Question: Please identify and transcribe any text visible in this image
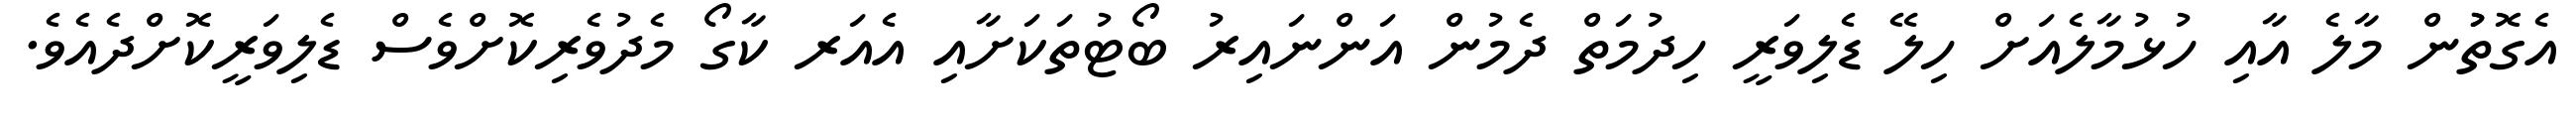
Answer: އެގޮތުުން މާލެ އާއި ހުޅުމާލެއަށް ހިލޭ ޑެލިވަރީ ހިދުމަތް ދެމުން އަންނައިރު ބޯޓުތަކަށާއި އެއަރ ކާގޯ މެދުވެރިކޮށްވެސް ޑެލިވަރީކޮށްދެއެވެ.